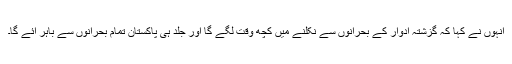
انہوں نے کہا کہ گزشتہ ادوار کے بحرانوں سے نکلنے میں کچھ وقت لگے گا اور جلد ہی پاکستان تمام بحرانوں سے باہر آئے گا۔